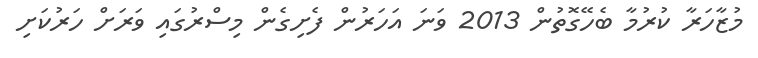
މުޒާހަރާ ކުރުމާ ބެހޭގޮތުން 2013 ވަނަ އަހަރުން ފެށިގެން މިސްރުގައި ވަރަށް ހަރުކަށި